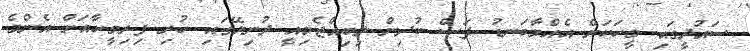
ސައުދީގައި މީހަކަށް އެއްމާބަނޑު ފަސް ކުދިން ލިބިއްޖެމިއީ ދުނިޔޭގައި ހުރި ފިރިމީހާއަށް އެންމެ